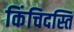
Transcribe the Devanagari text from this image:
किंचिदस्ति